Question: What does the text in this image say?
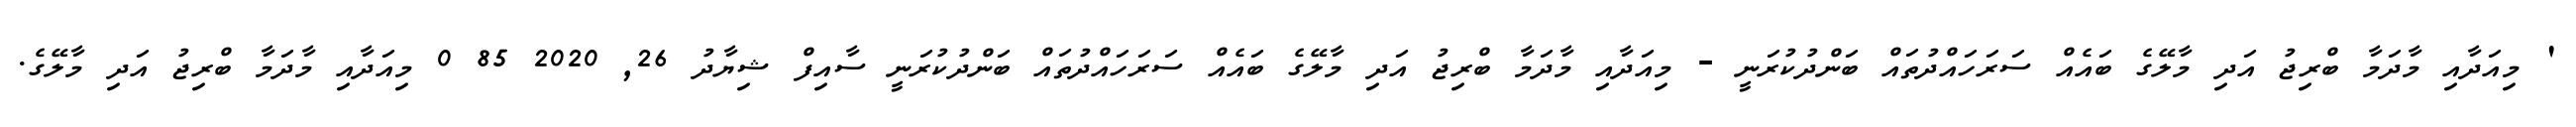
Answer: ' މިއަދާއި މާދަމާ ބްރިޖު އަދި މާލޭގެ ބައެއް ސަރަހައްދުތައް ބަންދުކުރަނީ - މިއަދާއި މާދަމާ ބްރިޖު އަދި މާލޭގެ ބައެއް ސަރަހައްދުތައް ބަންދުކުރަނީ ސާއިފް ޝިޔާދު 26, 2020 85 0 މިއަދާއި މާދަމާ ބްރިޖު އަދި މާލޭގެ.